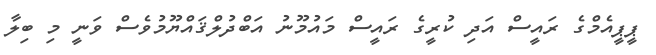
ޕީޕީއެމްގެ ރައީސް އަދި ކުރީގެ ރައީސް މައުމޫނު އަބްދުލްޤައްޔޫމުވެސް ވަނީ މި ބިލާ